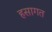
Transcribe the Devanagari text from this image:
हसागत